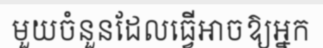
មួយចំនួនដែលធ្វើអាចឱ្យអ្នក